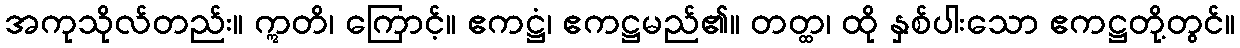
အကုသိုလ်တည်း။ ဣတိ၊ ကြောင့်။ ဧကဋ္ဌံ၊ ဧကဋ္ဌမည်၏။ တတ္ထ၊ ထို နှစ်ပါးသော ဧကဋ္ဌတို့တွင်။